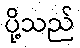
ပို့သည်